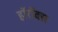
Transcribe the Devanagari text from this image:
हॉरॉक्स